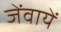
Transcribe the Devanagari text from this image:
जेंवायें